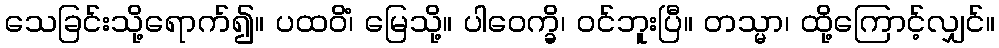
သေခြင်းသို့ရောက်၍။ ပထဝိံ၊ မြေသို့။ ပါဝေက္ခိ၊ ဝင်ဘူးပြီ။ တသ္မာ၊ ထို့ကြောင့်လျှင်။